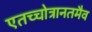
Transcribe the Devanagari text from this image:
एतच्चोत्रानतमैव